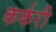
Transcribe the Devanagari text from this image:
कर्करी